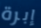
إبرة